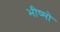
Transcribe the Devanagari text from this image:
भीष्मो